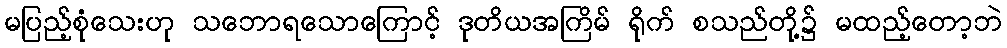
မပြည့်စုံသေးဟု သဘောရသောကြောင့် ဒုတိယအကြိမ် ရိုက် စသည်တို့၌ မထည့်တော့ဘဲ